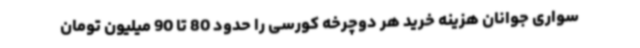
سواری جوانان هزینه خرید هر دوچرخه کورسی را حدود 80 تا 90 میلیون تومان